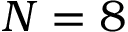
N = 8